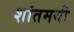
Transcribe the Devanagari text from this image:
शांतमयी